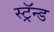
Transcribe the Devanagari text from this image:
स्ट्रॅन्ड